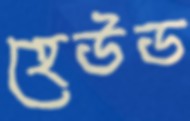
হেউড